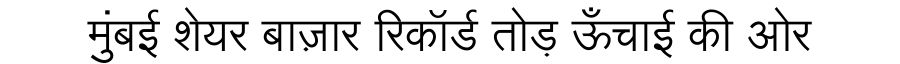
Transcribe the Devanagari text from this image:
मुंबई शेयर बाज़ार रिकॉर्ड तोड़ ऊँचाई की ओर